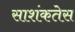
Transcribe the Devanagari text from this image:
साशंकतेस